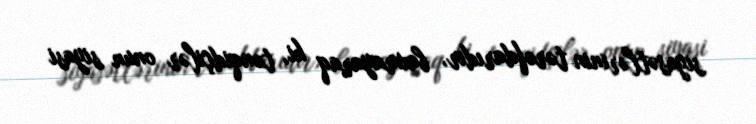
siyasətlərinin tərəfdarıdır, baxmayaraq ki, tənqidçilər onun siyasi